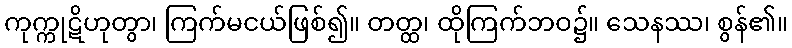
ကုက္ကုဋိဟုတွာ၊ ကြက်မငယ်ဖြစ်၍။ တတ္ထ၊ ထိုကြက်ဘဝ၌။ သေနဿ၊ စွန်၏။